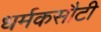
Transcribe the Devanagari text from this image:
धर्मकसौटी